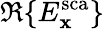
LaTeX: \Re\{ E_{\mathbf{x}}^{\mathrm{{sca}}}\}